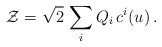
\begin{align*} {\cal Z}=\sqrt{2}\, \sum_i Q_i\, c^i(u)\,.\end{align*}